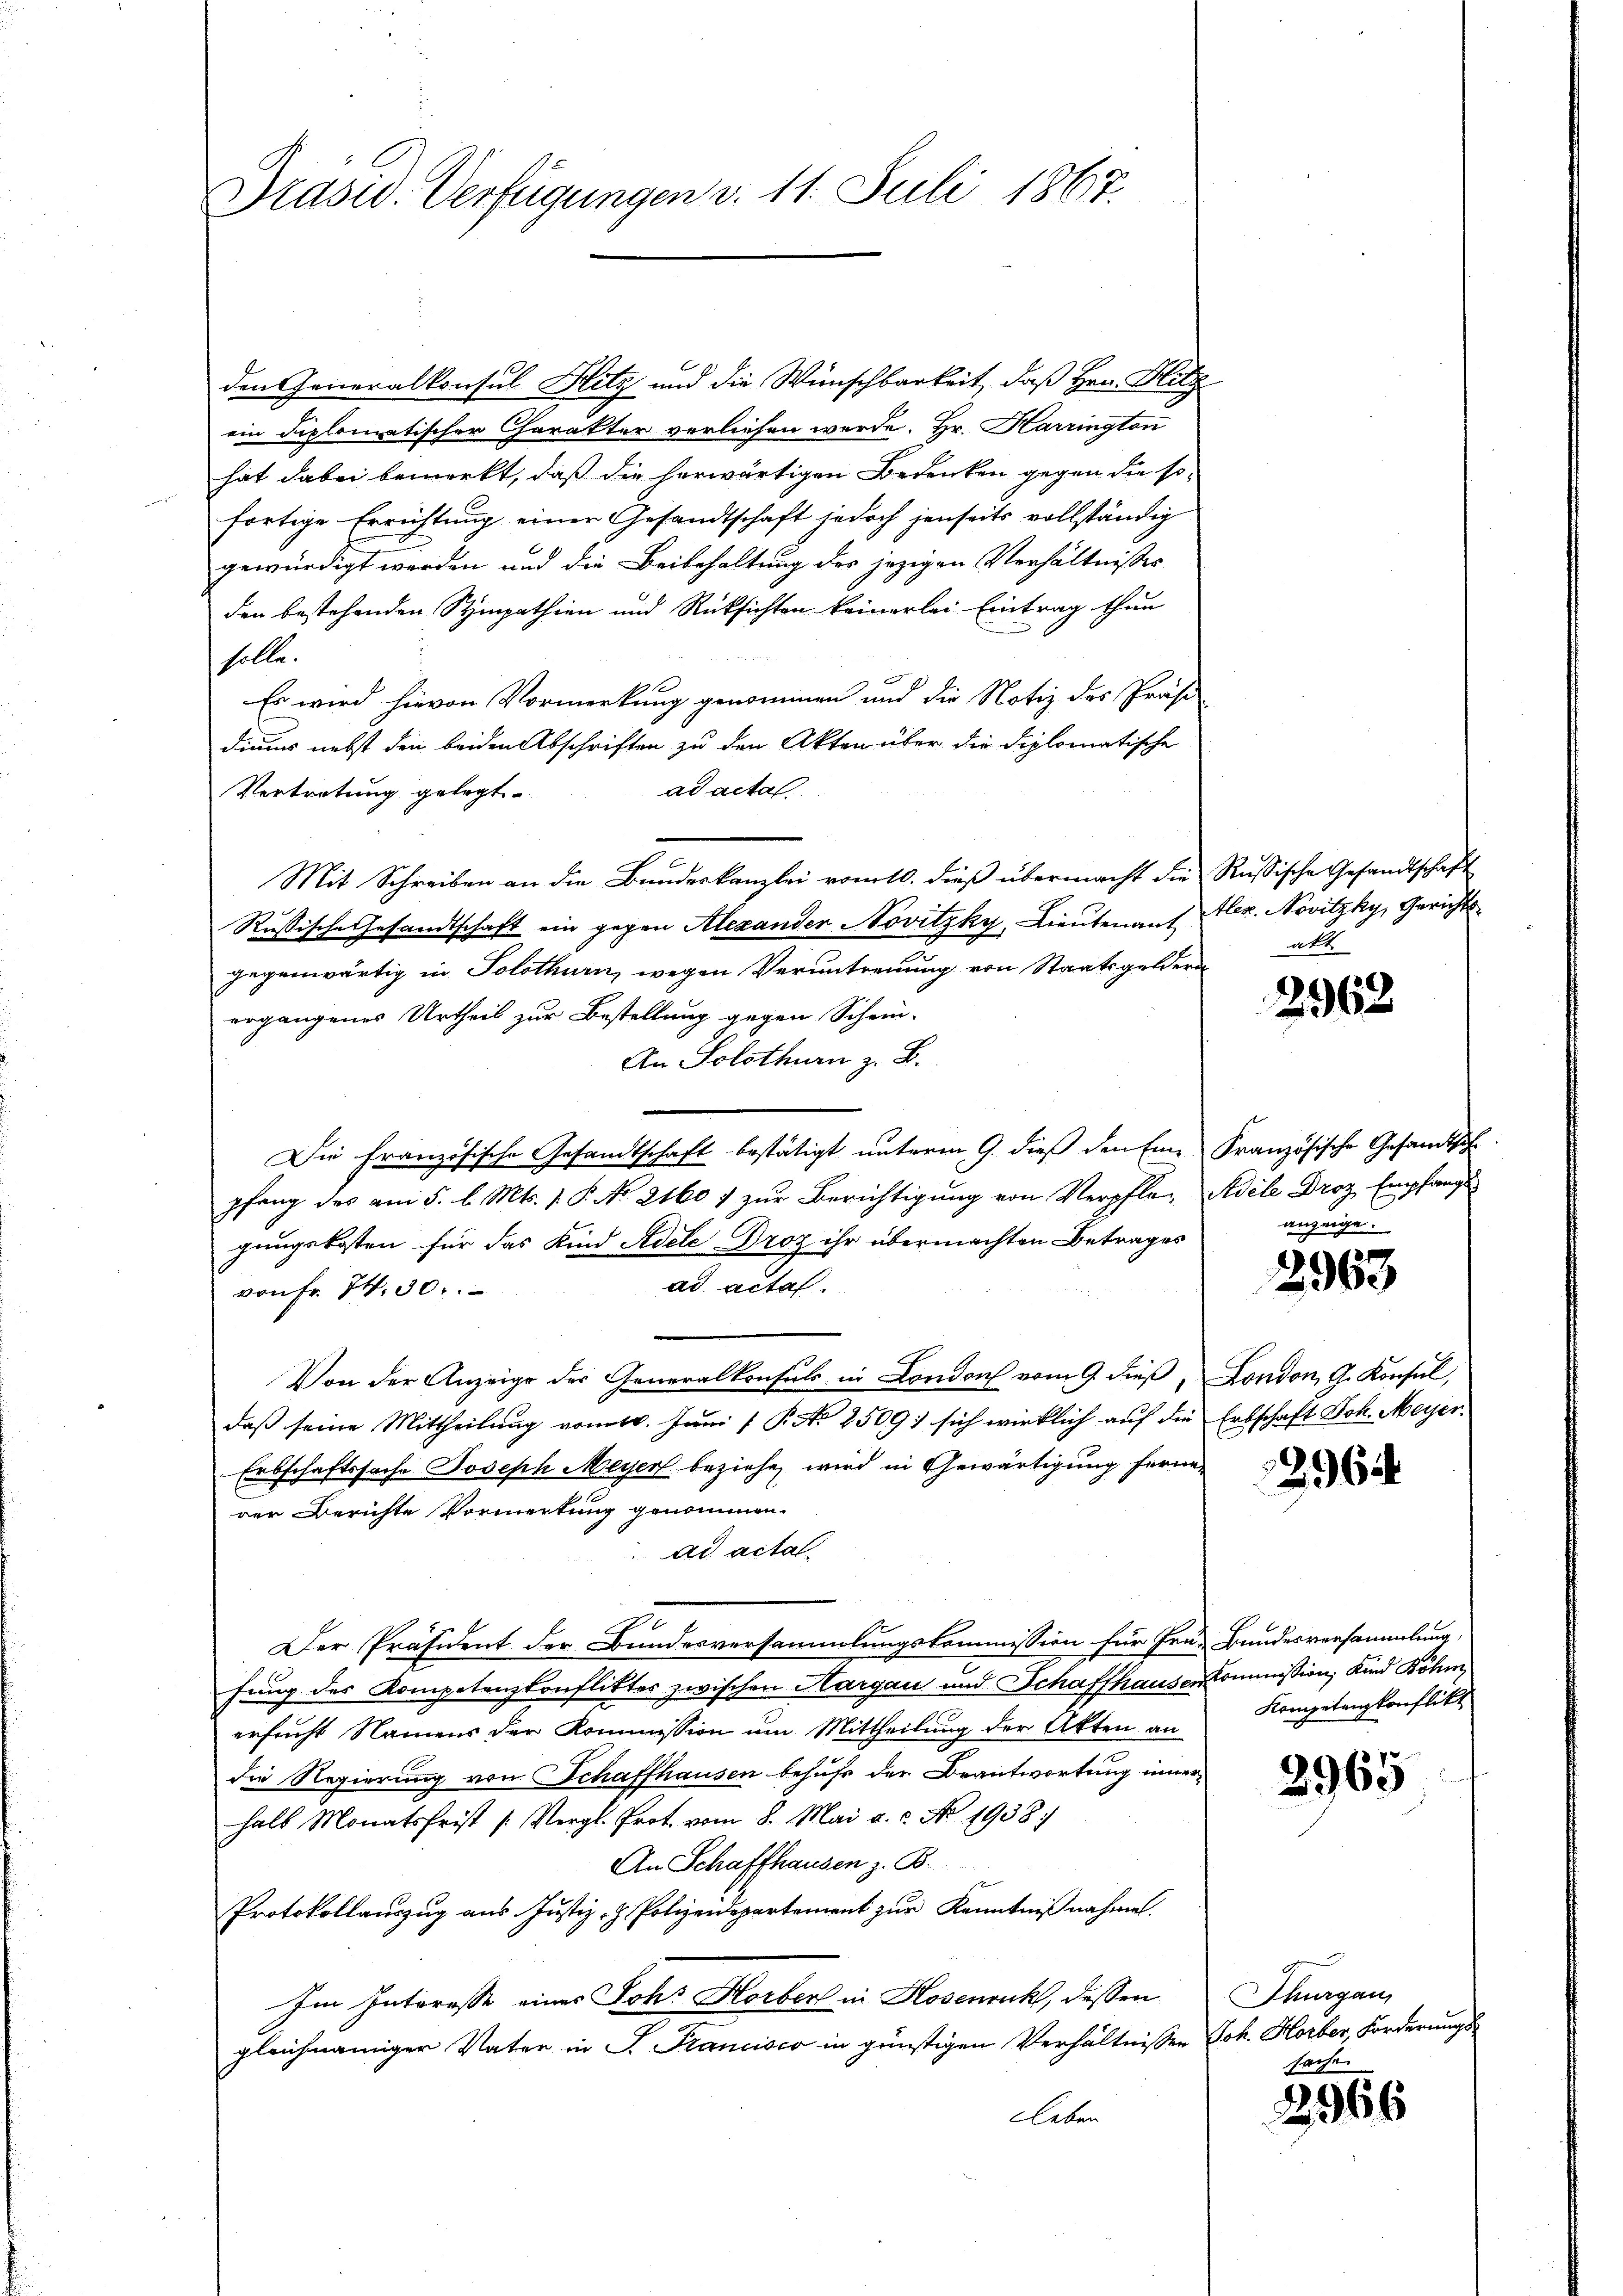
Drasc. Verfügungen v. 11. Juli 1867.

den Generalkonsul Hitz und die Wünschbarkeit, daß Hrn. Blitz
ein diplomatischer Charakter verliefen werde. Hr. Harrington
hat dabei bemerkt, daß die herwärtigen Bedenken gegen die so-
fortige Errichtung einer Gesandtschaft jedoch jenseits vollständig
gewürdigt werden und die Beibehaltung des jezigen Verhältnisses
den bestehenden Sympathien und Rücksichten keinerlei Eintrag thun
solle.
Es wird hievon Vormerkung genommen und die Notiz des Präsi-
diums nebst den beiden Abschriften zu den Akten über die Diplomatische
ad acta.
Vertretung gelegt.
Mit Schreiben an die Bundeskanzlei vom 10. dieß übermacht die
Russische Gesandtschaft ein gegen Alexander Novitzky, Lieutenant
gegenwärtig in Solothurn, wegen Veruntreuung von Staatsgeldern
ergangenes Urtheil zur Bestellung gegen Schein-
An Solothurn z. B.
Die Französische Gesandtschaft bestätigt unterm 9. dieß den Einpfang des am 5. l. Mts. 1. P. No. 2160 f zur Berichtigung von Verpflegungskosten für das Kind Adele Droz ihr übermachten Betrages
ad acta.
von Fr. 74. 30.
Von der Anzeige der Generalkonsuls in London vom 9. dieß,
daß seine Mittheilung vom 18. Juni 1 P. No 2509: sich wirklich auf die
Erbschaftssache Joseph Meyer beziehe, wird in Gewärtigung fernen
der Berichte Vormerkung genommen.
ad actal-
z
Der Präsident der Bundesversammlungskommission für Frau Bundesversammlung,
fung des Kompetenzkonfliktes zwischen Hargau und Schaffhauser Kommission, Kind Böhm
ersucht Namens der Kommission um Mittheilung der Akten an
die Regierung von Schaffhausen behufs der Beantwortung inner
halb Monatsfrist (Vergl. Prot. vom 8. Mai a. c. No. 1938.
An Schaffhausen z. B.
Protokollauszug aus Justiz- H. Polizeidepartement zur Kenntnißnahmen.
Im Interesse eines Joh. Horber in Hosenruck, dessen
gleichnamiger Vater in J. Francisco in günstigen Verhältnissen
leben

Russische Gesandtschaft
Alez. Novitzky, Gericht
akt

2962

Französische Gesamtsch
Adele Droz Empfangs
anzeige.

2963

London, G. Konsul,
Erbschaft Joh. Meyer.

2964

Kompetenzkonflikt

2965

Thurgau,
Joh. Horber, Forderungs

2966